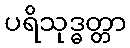
ပရိသုဒ္ဓတ္တာ